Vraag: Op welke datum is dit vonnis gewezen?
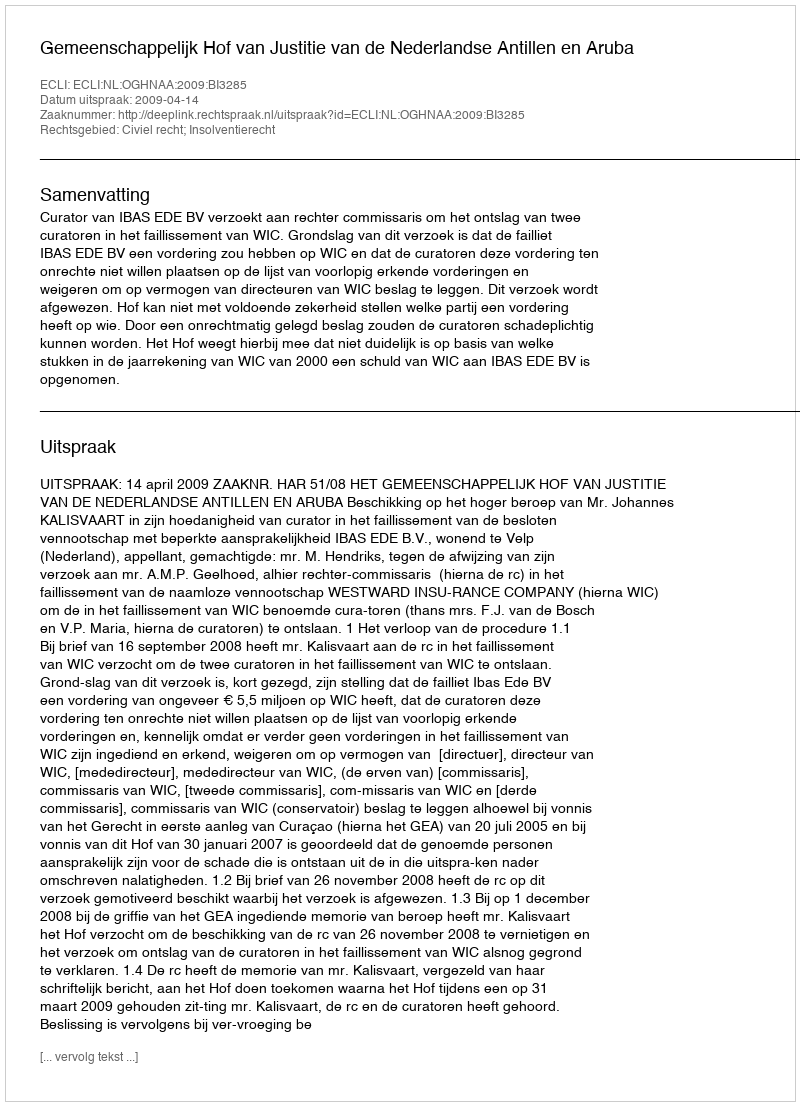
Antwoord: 2009-04-14